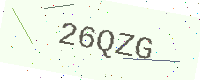
Text: 26QZG